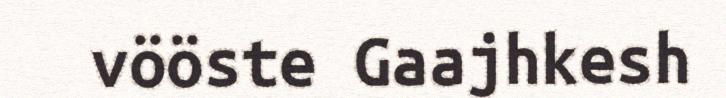
vööste Gaajhkesh